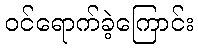
ဝင်ရောက်ခဲ့ကြောင်း